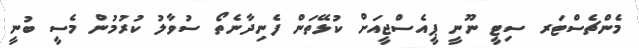
މެންޗެސްޓަރ ސިޓީ ނޫނީ ޕީއެސްޖީއަށް ކުޅޭތަން ފެނިދާނެތޯ ސުވާލު ކުރުމުން މެސީ ބުނީ